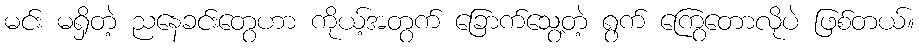
မင်း မရှိတဲ့ ညနေခင်းတွေဟာ ကိုယ့်အတွက် ခြောက်သွေ့တဲ့ ရွက် ကြွေတောလိုပဲ ဖြစ်တယ်။